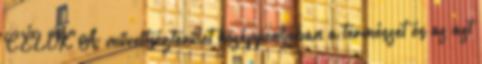
CÉLOK A műveltségterület középpontjában a természet és az azt